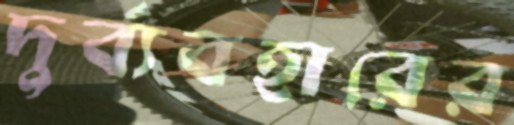
দুর্ব্যবহারের